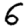
Digit: 6